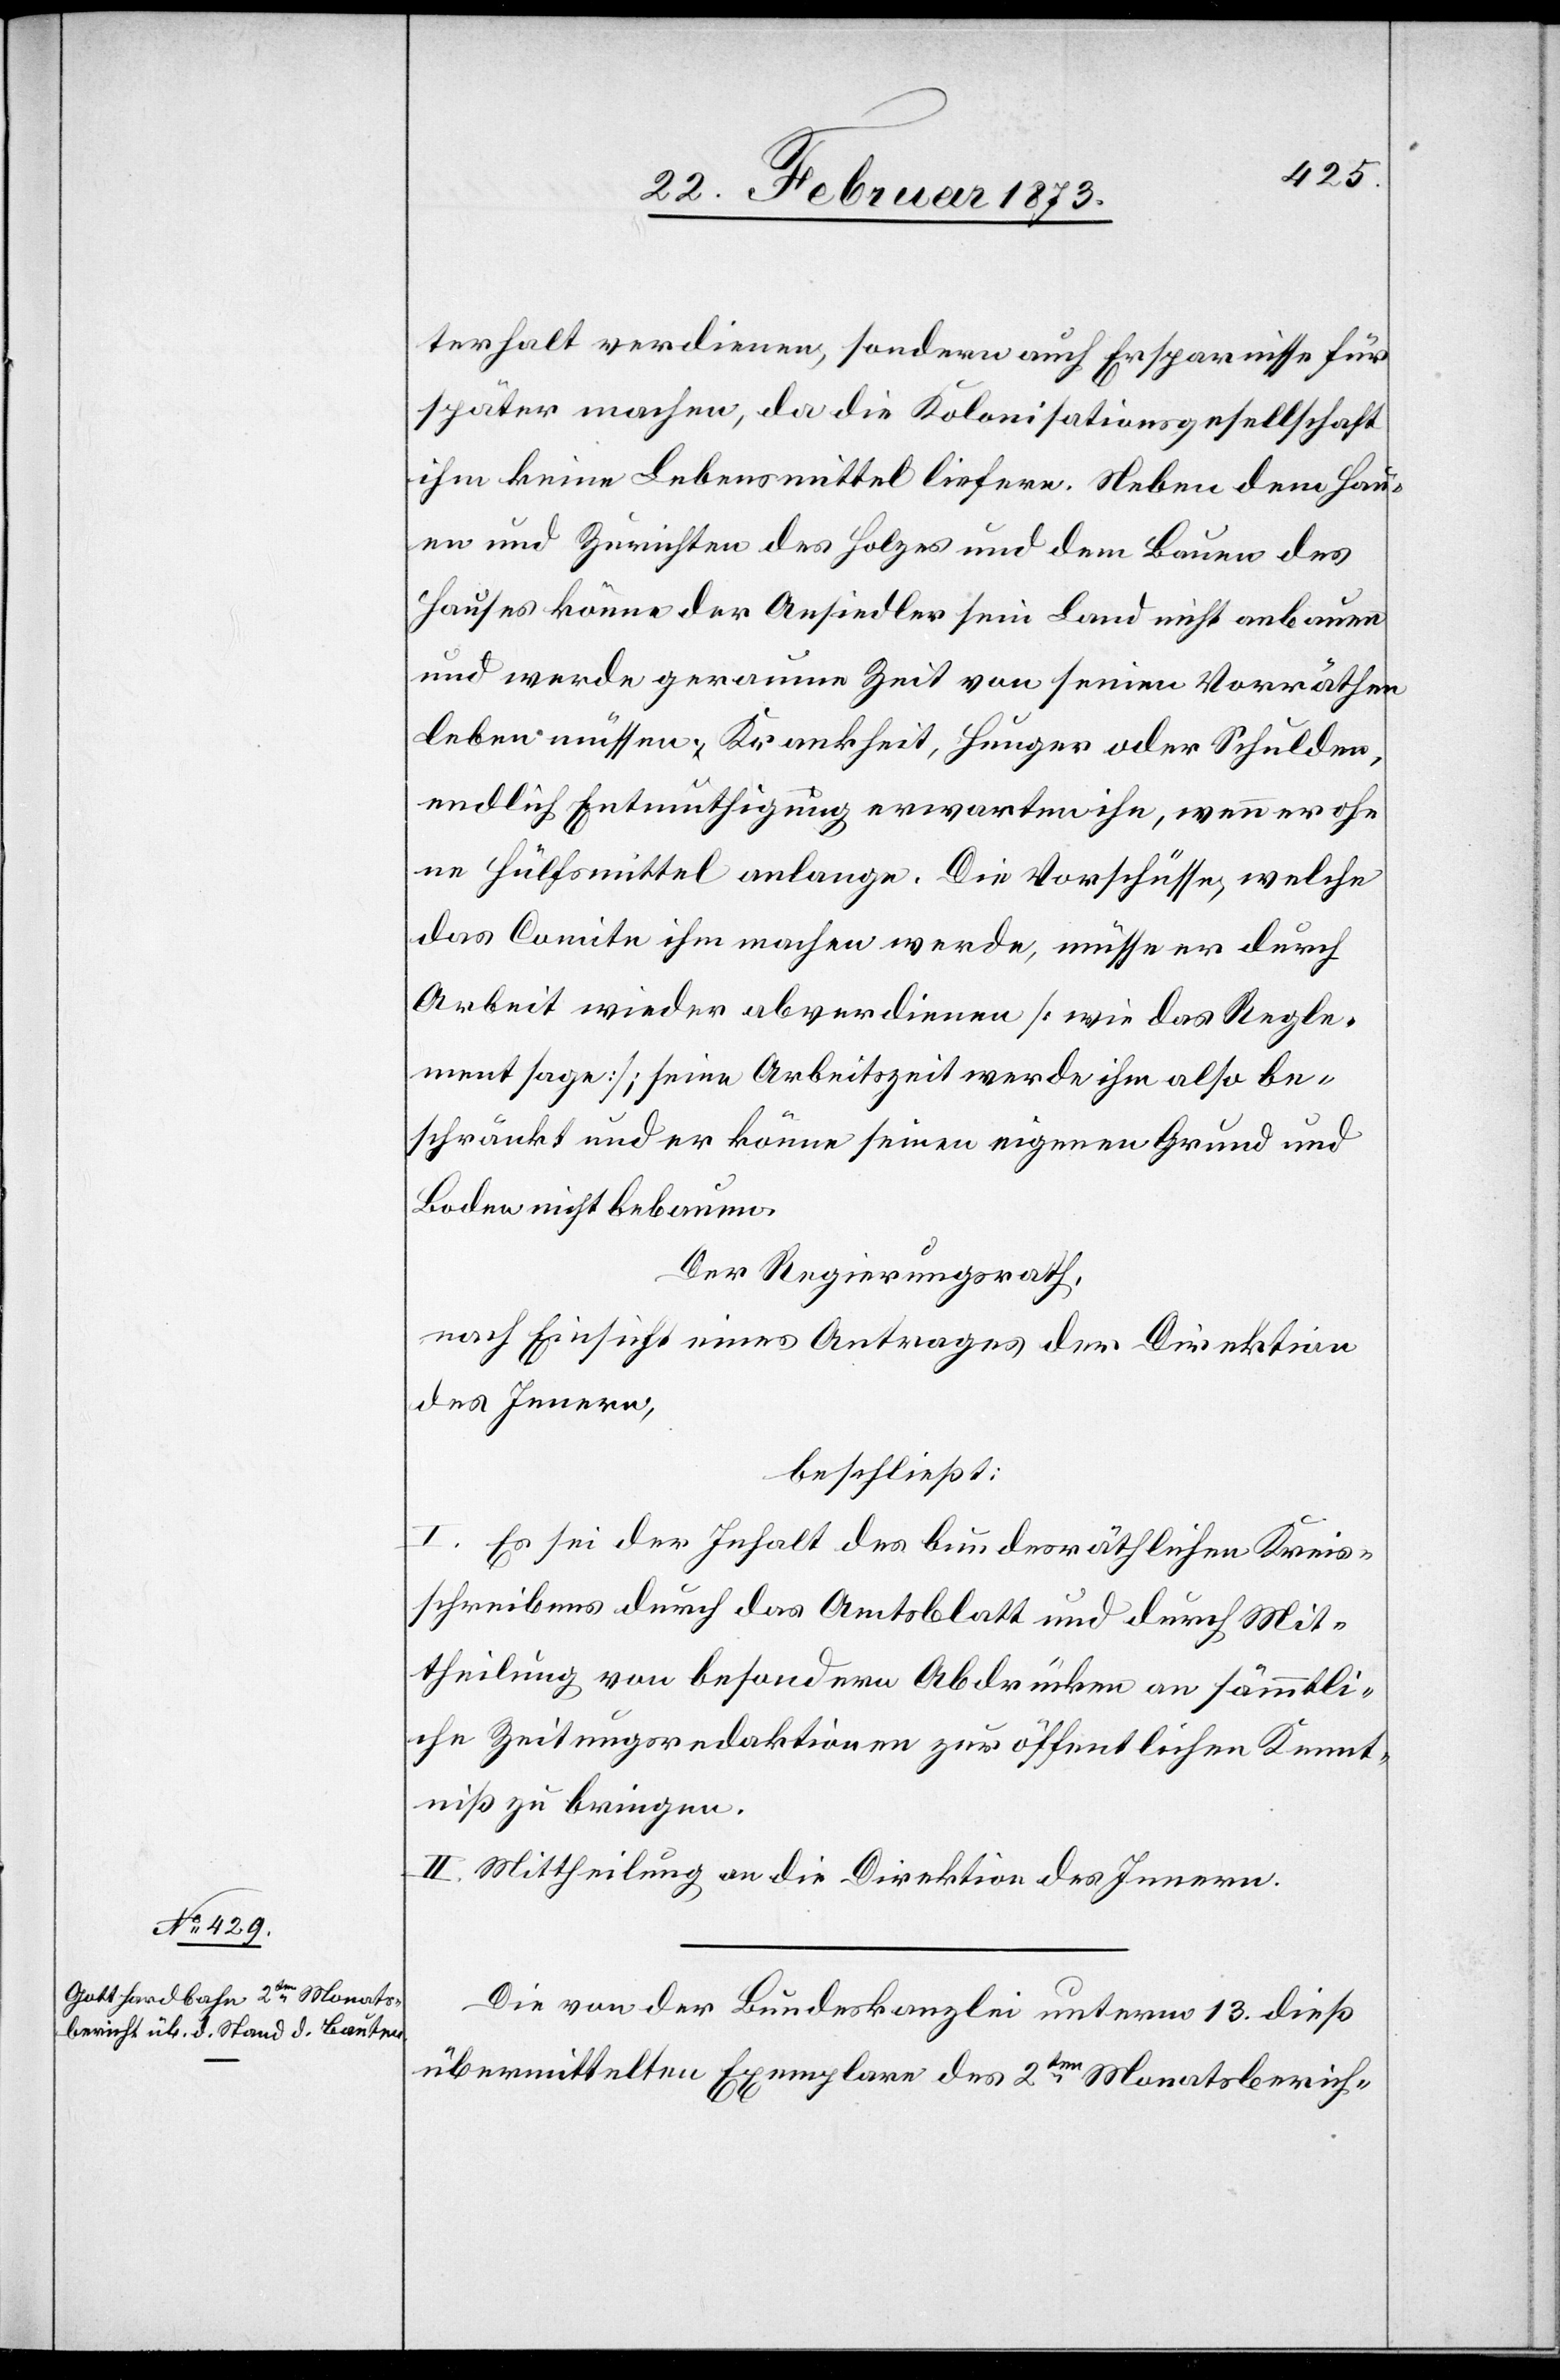
terhalt verdienen, sondern auch Ersparnisse für
später machen, da die Kolonisationsgesellschaft
ihm keine Lebensmittel liefere. Neben dem Hau¬
en und Zurichten des Holzes und dem Bauen des
Hauses könne der Ansiedler sein Land nicht anbauen
und werde geraume Zeit von seinen Vorräthen
leben müssen; Krankheit, Hunger oder Schulden,
endlich Entmuthigung erwarten ihn, wenn er oh¬
ne Hülfsmittel anlange. Die Vorschüsse, welche
das Comite ihm machen werde, müsse er durch
Arbeit wieder abverdienen [wie das Regle¬
ment sage]; seine Arbeitszeit werde ihm also be¬
schränkt und er könne seinen eigenen Grund und
Boden nicht bebauen.
Der Regierungsrath,
nach Einsicht eines Antrages der Direktion
des Innern,
beschließt:
I. Es sei der Inhalt des bundesräthlichen Kreis¬
schreibens durch das Amtsblatt und durch Mit¬
theilung von besondern Abdrucken an sämmtli¬
che Zeitungsredaktionen zur öffentlichen Kennt¬
niß zu bringen.
II. Mittheilung an die Direktion des Innern.
Die von der Bundeskanzlei unterm 13. dieß
übermittelten Exemplare des 2ten Monatsberich-